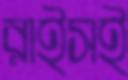
রাইসই